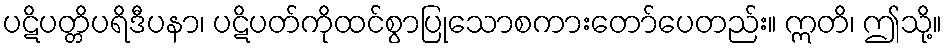
ပဋိပတ္တိပရိဒီပနာ၊ ပဋိပတ်ကိုထင်စွာပြုသောစကားတော်ပေတည်း။ ဣတိ၊ ဤသို့။